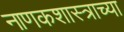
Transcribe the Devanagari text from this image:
नाणकशास्त्राच्या